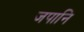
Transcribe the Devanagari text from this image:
जपानि